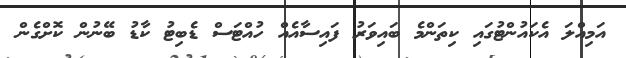
އަމިއްލަ އެކައުންޓުގައި ކިތަންމެ ބައިވަރު ފައިސާއެއް ހުއްޓަސް ޑެބިޓު ކާޑު ބޭނުން ކޮށްގެން